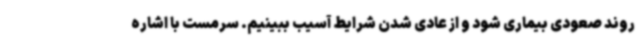
روند صعودی بیماری شود و از عادی شدن شرایط آسیب ببینیم. سرمست با اشاره